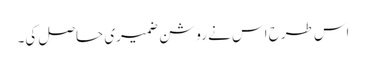
اس طرح اس نے روشن ضمیری حاصل کی۔